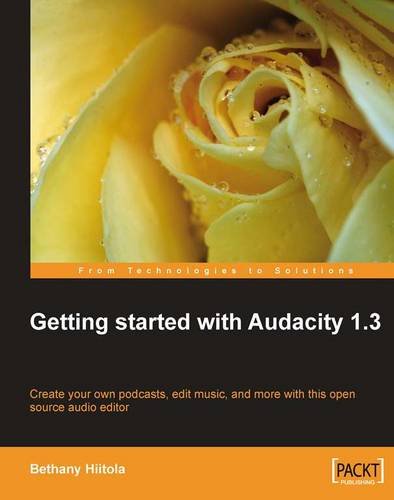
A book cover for Getting Started with Audacity 1.3; Bethany Hiitola; Computers & Technology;